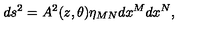
d s ^ { 2 } = A ^ { 2 } ( z , \theta ) \eta _ { M N } d x ^ { M } d x ^ { N } ,